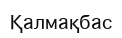
Қалмақбас